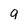
Character: q